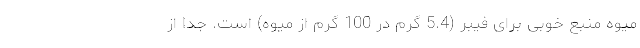
میوه منبع خوبی برای فیبر (5.4 گرم در 100 گرم از میوه) است. جدا از